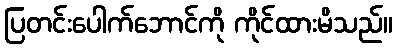
ပြတင်းပေါက်ဘောင်ကို ကိုင်ထားမိသည်။